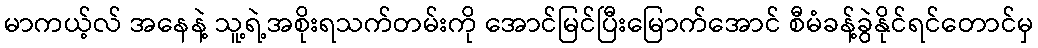
မာကယ့်လ် အနေနဲ့ သူ့ရဲ့အစိုးရသက်တမ်းကို အောင်မြင်ပြီးမြောက်အောင် စီမံခန့်ခွဲနိုင်ရင်တောင်မှ